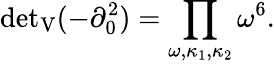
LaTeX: {\operatorname*{det}}_{\mathrm{V}}(-\partial_{0}^{2})=\prod_{\omega,\kappa_{1},\kappa_{2}}\omega^{6}.